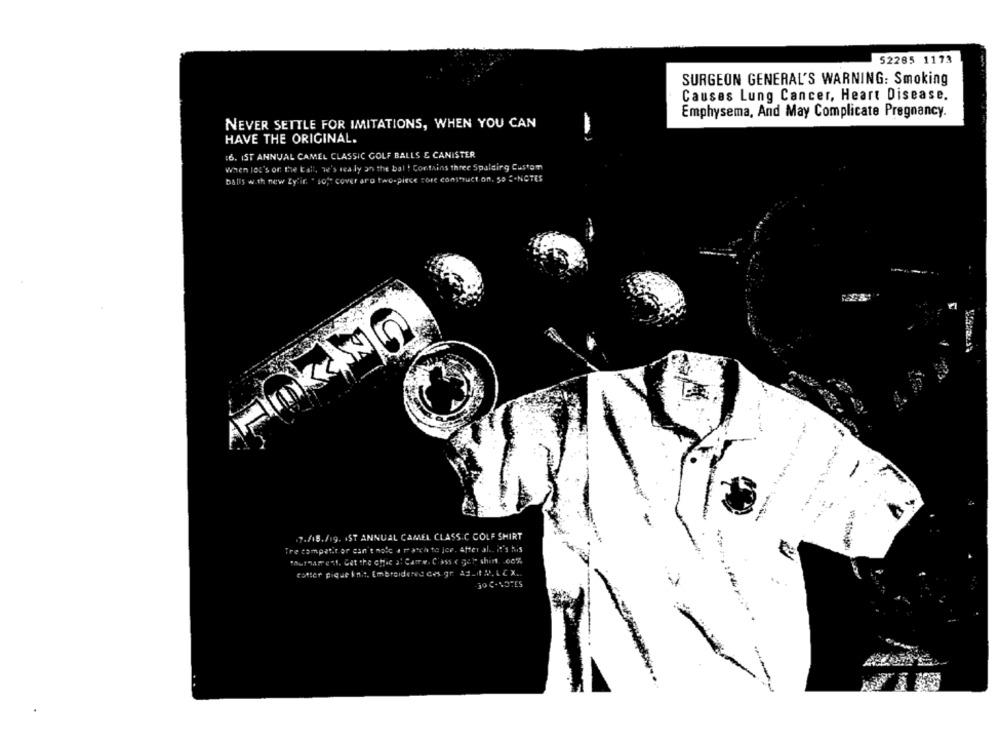
52285 1173
SURGEON GENERAL'S WARNING: Smoking
Causes Lung Cancer, Heart Disease.
Emphysema, And May Complicate Pregnancy.
NEVER SETTLE FOR IMITATIONS, WHEN YOU CAN
HAVE THE ORIGINAL.
16. IST ANNUAL CAMEL CLASSIC GOLF BALLS & CANISTER
When lot's of the ball, w's sea ly an the bal ! Contains three Spalding Custom
balls with new Zy'in " soft cover aro two-piece core construct on. So ".NOTES
.7./15. /19. IST ANNUAL CAMEL CLASS.C COLF SHIRT
Tre compatit or can't nole a rasch to joe. After al .. it's his
"Authament. Get the chic al Camre. C'ass ( gelt shirt 00%
cotter pique knit, Embroidered des gr Ad_MM. LC X ..
jo C- NOTES